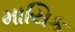
માયિક